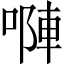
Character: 𠻆